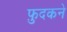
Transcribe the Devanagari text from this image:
फ़ुदकने